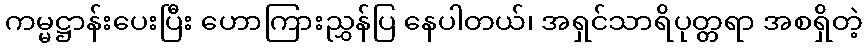
ကမ္မဋ္ဌာန်းပေးပြီး ဟောကြားညွှန်ပြ နေပါတယ်၊ အရှင်သာရိပုတ္တရာ အစရှိတဲ့